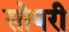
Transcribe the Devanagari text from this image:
सोयरी